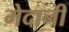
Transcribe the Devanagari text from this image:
मेदानी